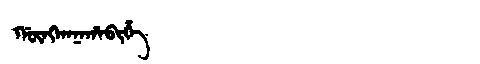
Manchu: ᡤᡡᠩᡴᠠᠨᠠᡥᠠᠪᡳᡥᡝ
Romanization: GŪNGKANAHABIHE